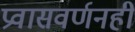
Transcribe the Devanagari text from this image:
प्रवासवर्णनही